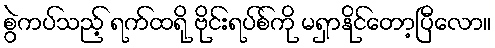
စွဲကပ်သည့် ရက်ထရို ဗိုင်းရပ်စ်ကို မရှာနိုင်တော့ပြီလော။